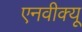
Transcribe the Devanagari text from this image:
एनवीक्यू